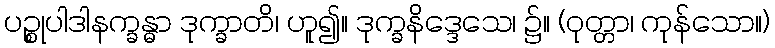
ပဉ္စုပါဒါနက္ခန္ဓာ ဒုက္ခာတိ၊ ဟူ၍။ ဒုက္ခနိဒ္ဒေသေ၊ ၌။ (ဝုတ္တာ၊ ကုန်သော။)